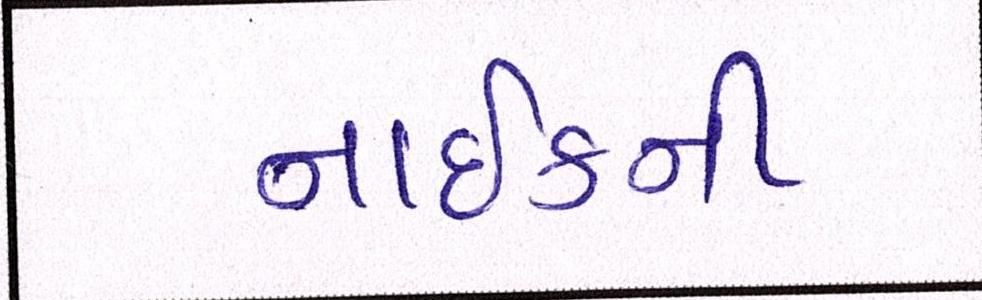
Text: નાઈકની